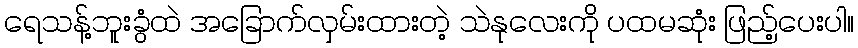
ရေသန့်ဘူးခွံထဲ အခြောက်လှမ်းထားတဲ့ သဲနုလေးကို ပထမဆုံး ဖြည့်ပေးပါ။